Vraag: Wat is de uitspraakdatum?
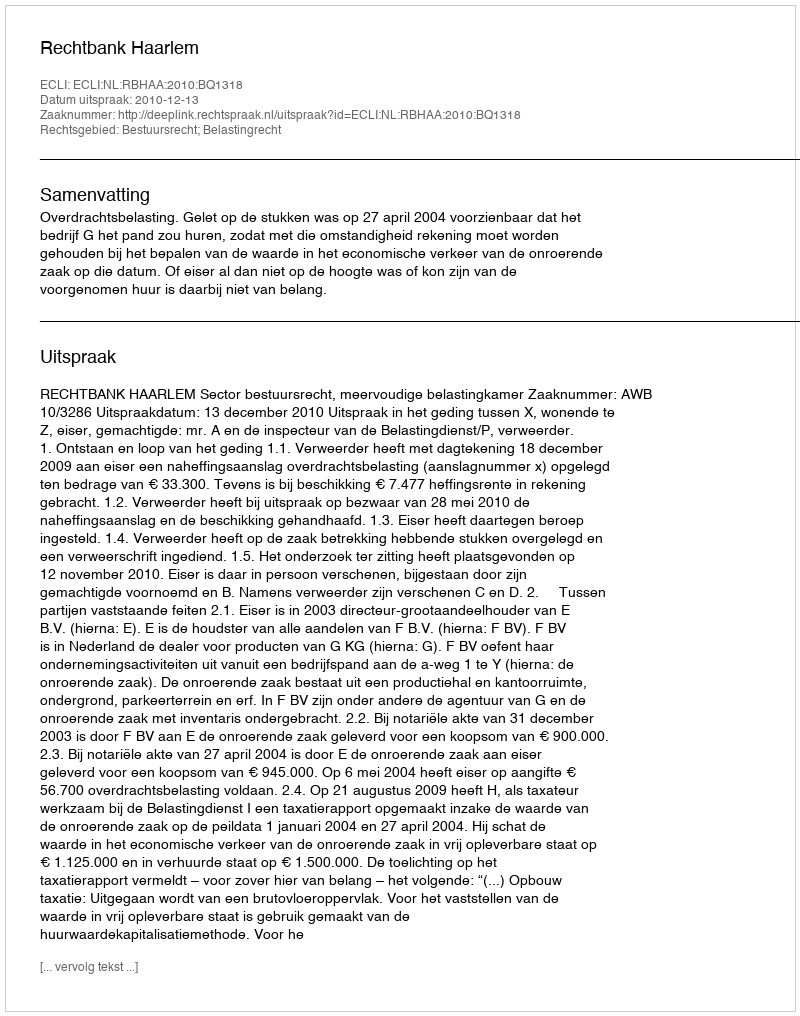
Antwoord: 2010-12-13